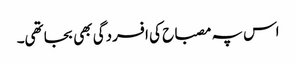
اس پہ مصباح کی افسردگی بھی بجا تھی۔